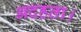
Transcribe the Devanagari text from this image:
अदहता।